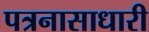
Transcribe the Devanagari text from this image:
पत्रनासाधारी